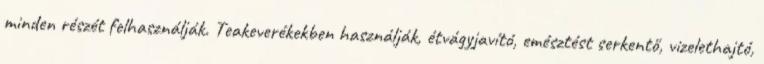
minden részét felhasználják. Teakeverékekben használják, étvágyjavító, emésztést serkentő, vizelethajtó,